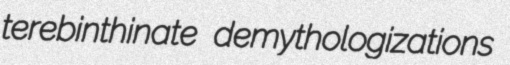
terebinthinate demythologizations